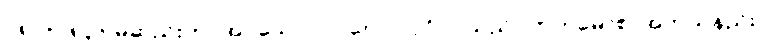
ဝ၈၂+၀၈၃+ မဆည်းကပ်အပ်သော။ ပုဂ္ဂလော၊ ပုဂ္ဂိုလ်သည်။ ကတမောစ၊ အဘယ်နည်း။